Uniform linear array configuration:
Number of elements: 24
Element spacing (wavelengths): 1
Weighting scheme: hann
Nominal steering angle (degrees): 60
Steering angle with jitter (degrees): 60.416
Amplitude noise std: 0.05
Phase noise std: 0.05

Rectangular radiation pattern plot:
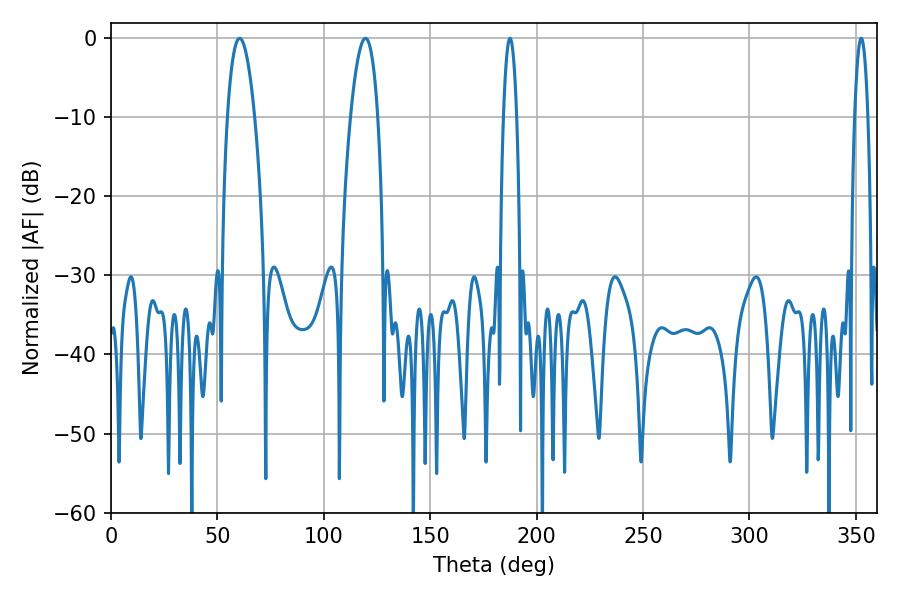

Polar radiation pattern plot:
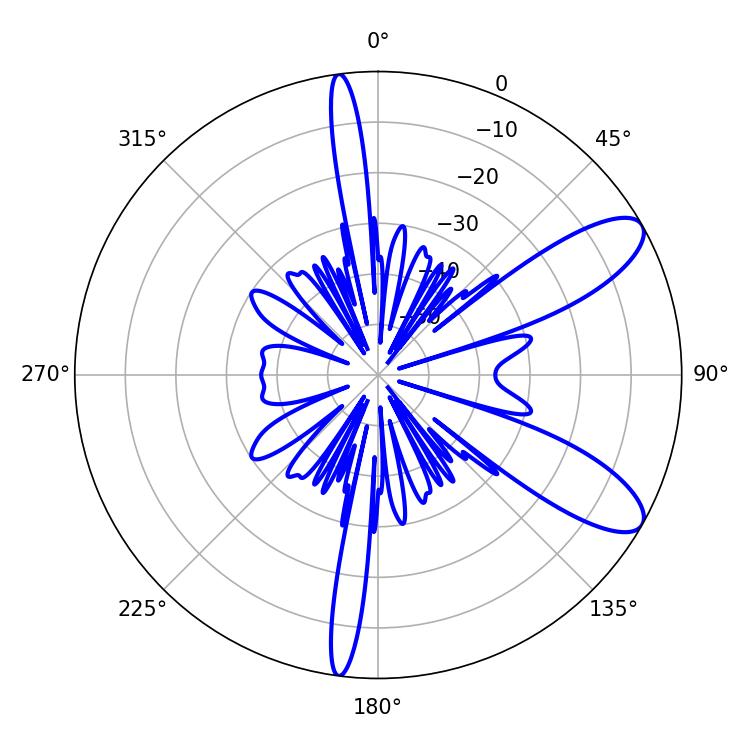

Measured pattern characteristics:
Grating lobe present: TRUE
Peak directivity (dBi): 9.697
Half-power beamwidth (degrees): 7.2
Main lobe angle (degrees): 60.48